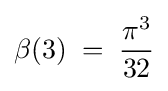
\beta (3)\;=\;{\frac {\pi ^{3}}{32}}